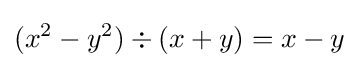
(x^{2}-y^{2})\div (x+y)=x-y